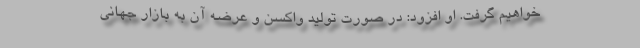
خواهیم گرفت. او افزود: در صورت تولید واکسن و عرضه آن به بازار جهانی